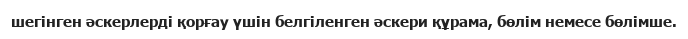
шегінген әскерлерді қорғау үшін белгіленген әскери құрама, бөлім немесе бөлімше.